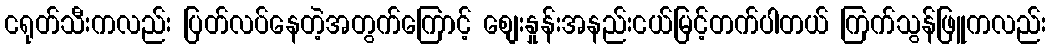
ငရုတ်သီးကလည်း ပြတ်လပ်နေတဲ့အတွက်ကြောင့် စျေးနှုန်းအနည်းငယ်မြင့်တက်ပါတယ် ကြက်သွန်ဖြူကလည်း